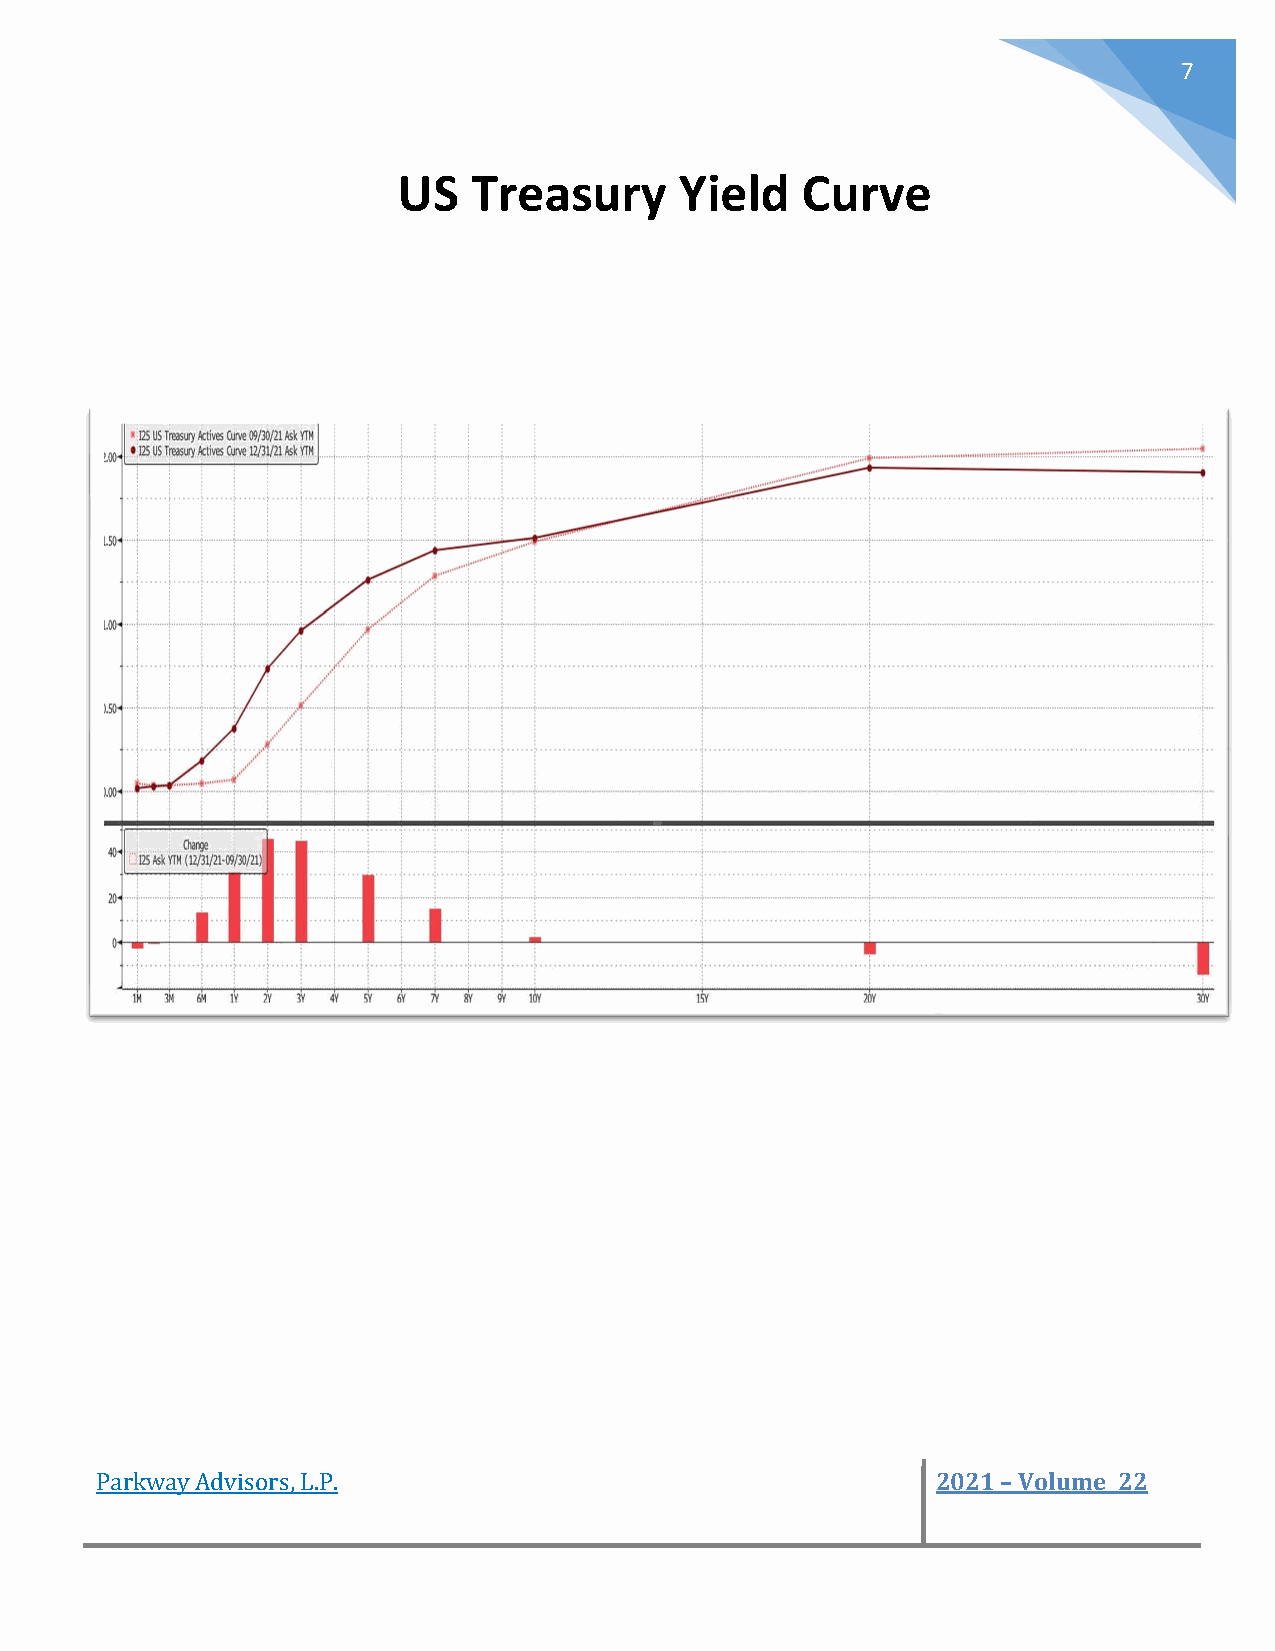
7
 US   Treasury      Yield   Curve
 Parkway Advisors, L.P.                                  2021 – Volume 22